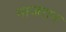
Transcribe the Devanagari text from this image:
नाजरान